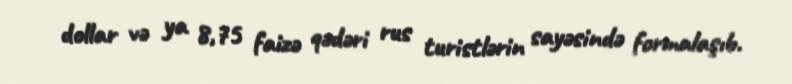
dollar və ya 8,75 faizə qədəri rus turistlərin sayəsində formalaşıb.